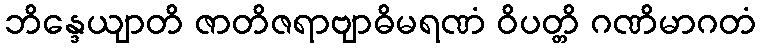
ဘိန္ဒေယျာတိ ဇာတိဇရာဗျာဓိမရဏံ ဝိပတ္တိ ဂဏိမာဂတံ